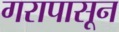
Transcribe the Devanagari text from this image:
गरापासून